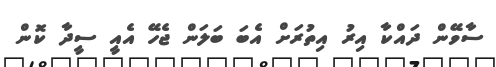
ސާވޭން ދައްކާ އިރު އިތުރަށް އެބަ ބަލަން ޖެހޭ އެއީ ސީދާ ކޮން